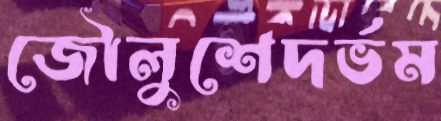
জৌলুশেদর্ভম